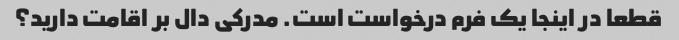
قطعا در اینجا یک فرم درخواست است. مدرکی دال بر اقامت دارید؟